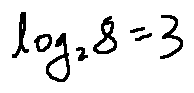
\log _ { 2 } 8 = 3